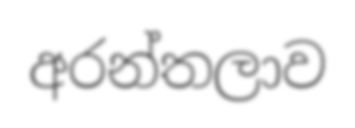
අරන්තලාව